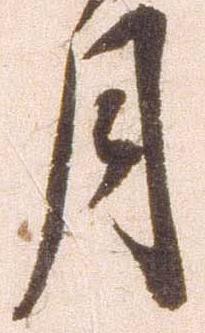
月